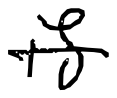
Text: is
Cross-out: single-line
Writing tool: digital_black